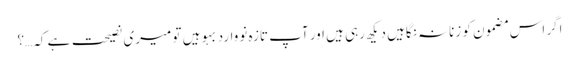
اگر اس مضمون کو زنانہ نگاہیں دیکھ رہی ہیں اور آپ تازہ نووارد بہو ہیں تو میری نصیحت ہے کہ…؟